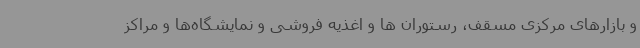
و بازارهای مرکزی مسقف، رستوران ها و اغذیه فروشی و نمایشگاه‌ها و مراکز